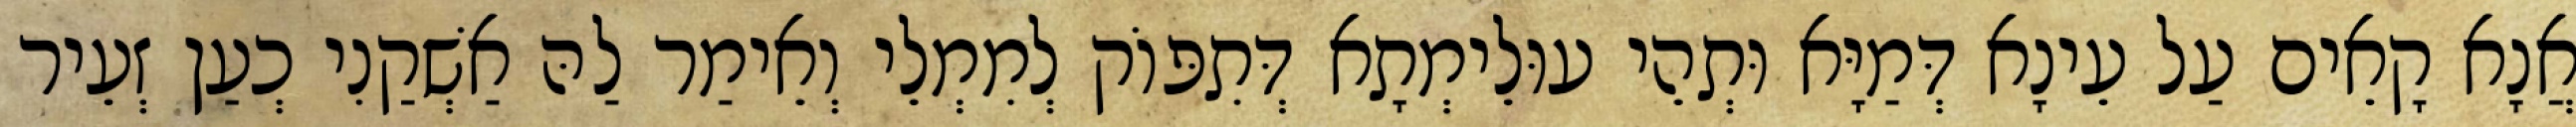
אֲנָא קָאֵים עַל עֵינָא דְּמַיָּא וּתְהֵי עוּלֵימְתָא דְּתִפּוֹק לְמִמְלֵי וְאֵימַר לַהּ אַשְׁקַנִי כְעַן זְעֵיר